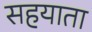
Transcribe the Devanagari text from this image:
सहयाता